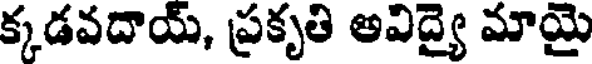
క్కడవదాయ్, ప్రకృతి అవిద్యై మాయై